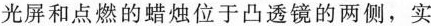
光屏和点燃的蜡烛位于凸透镜的两侧，实